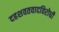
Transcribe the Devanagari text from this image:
दहशवतवादविरोधी